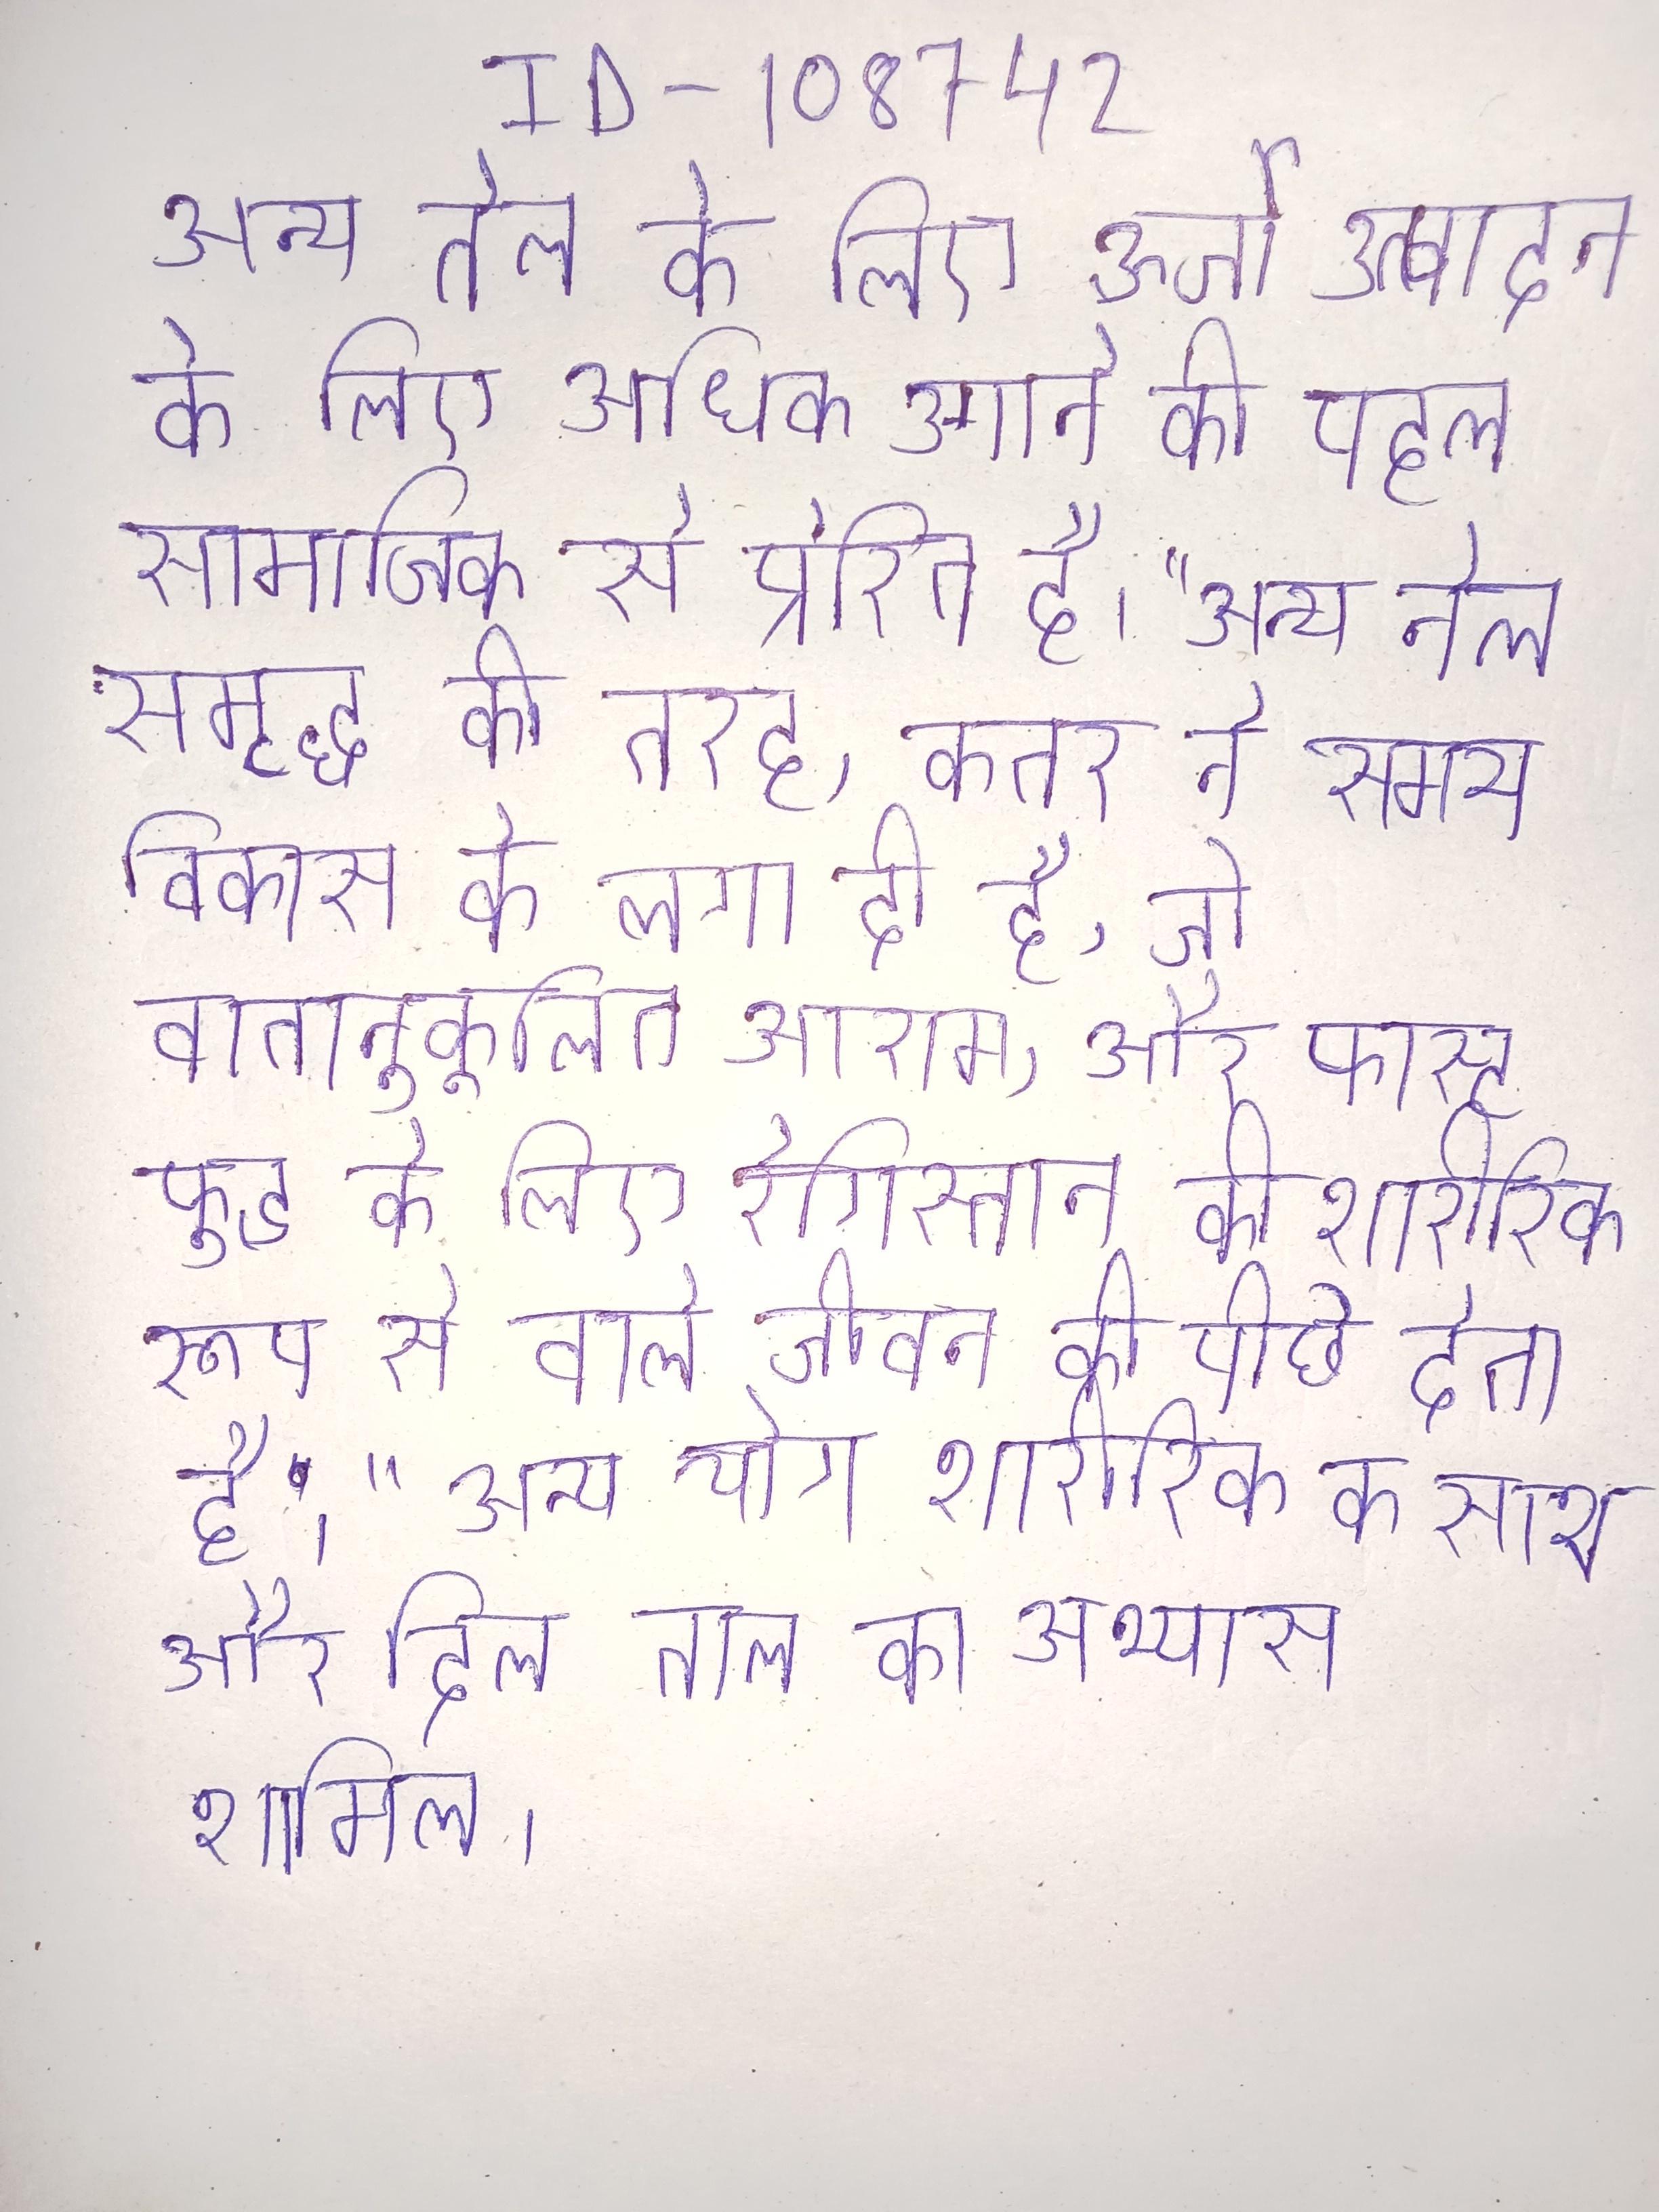
अन्य तेल के लिए ऊर्जा उत्पादन के लिए अधिक उगाने की पहल सामाजिक से प्रेरित है । "अन्य तेल समृद्ध की तरह, कतर ने समय विकास के लगा दी है, जो वातानुकूलित आराम, और फास्ट फूड के लिए रेगिस्तान की शारीरिक रूप से वाले जीवन को पीछे देता है।" अन्य योग शारीरिक के साथ और दिल ताल का अभ्यास शामिल ।